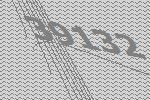
39132